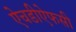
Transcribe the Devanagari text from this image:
ऐचडीऐफसी